Alma_Vaarman, lk 17
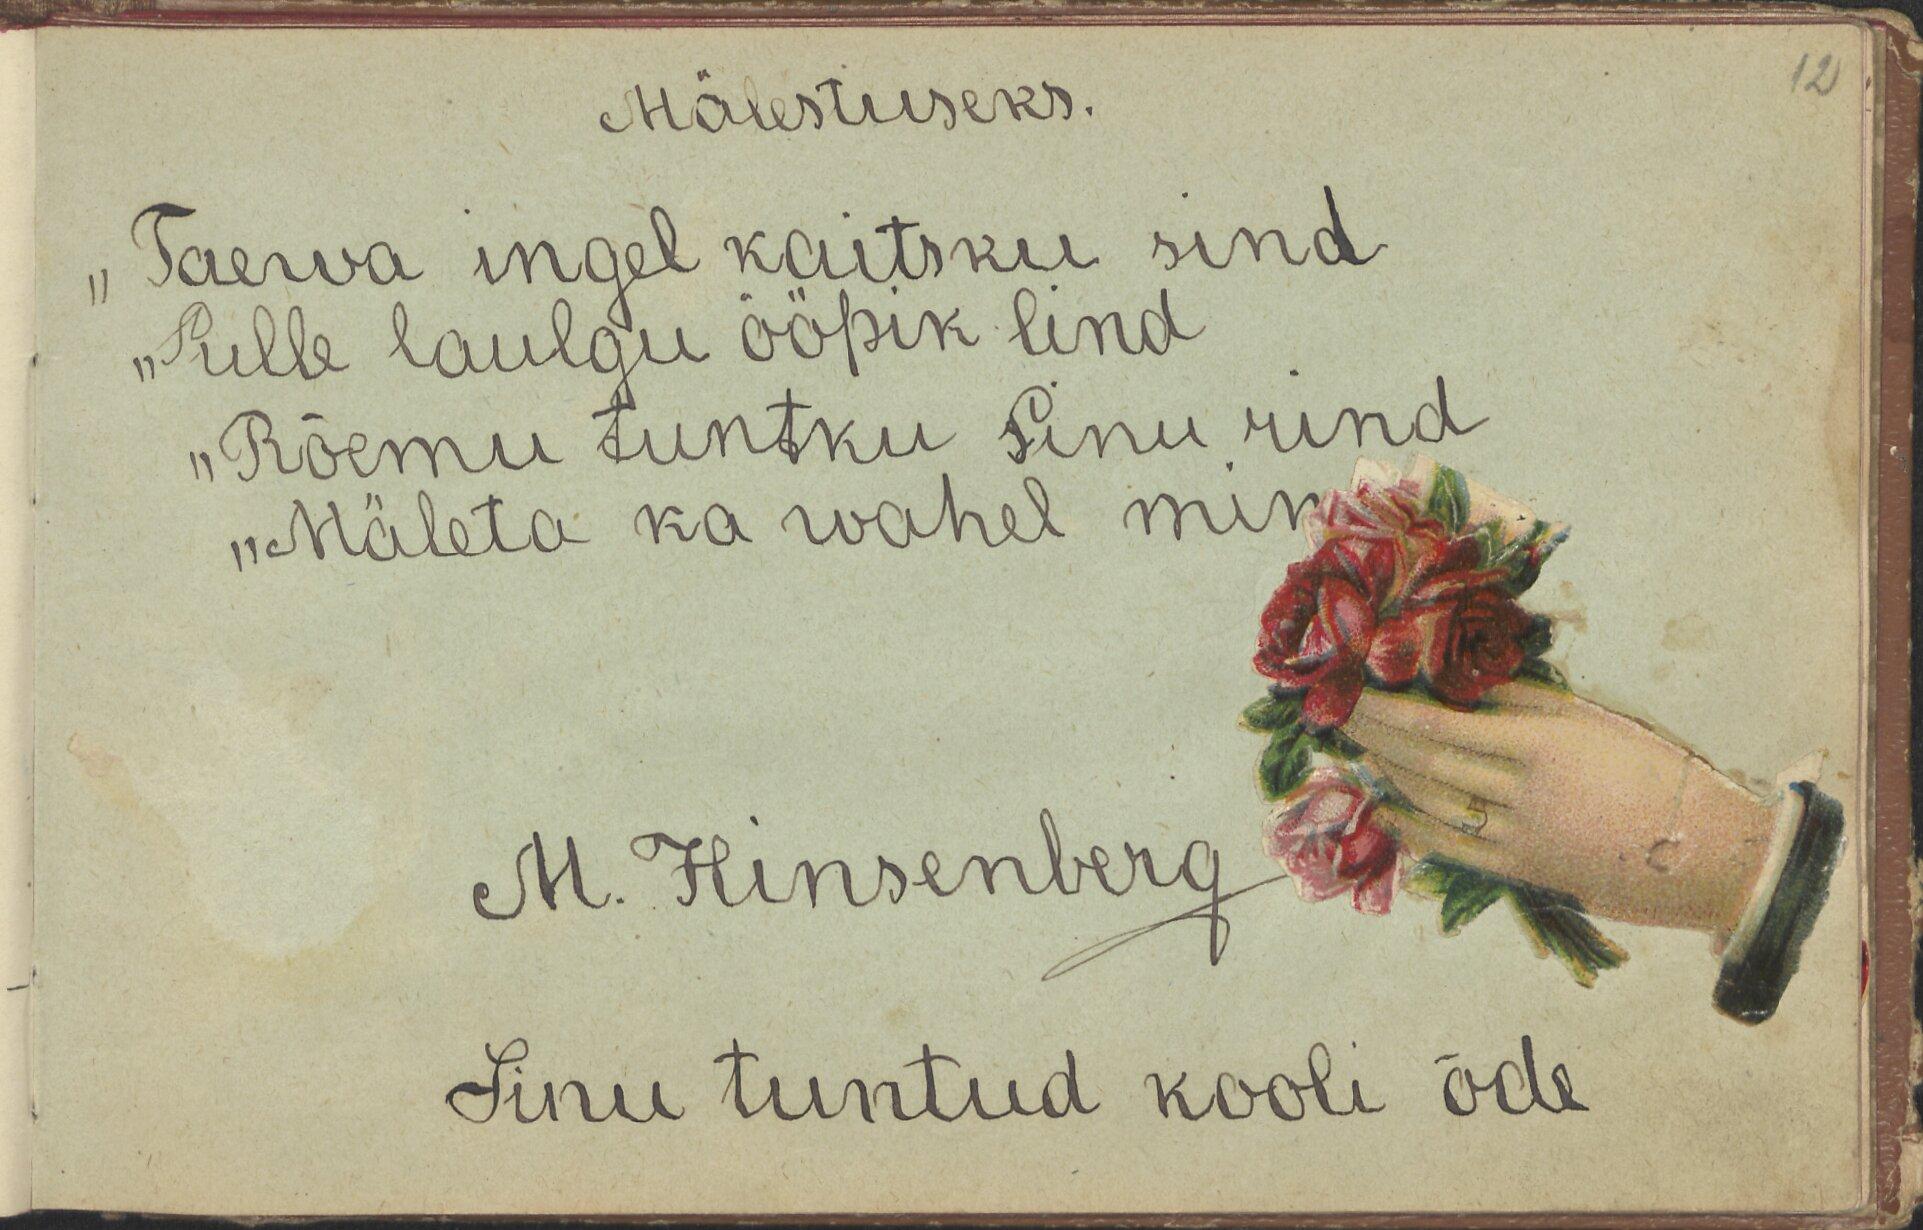
12

Mälestuseks.
"Taewa ingel kaitsku sind
"Sulle laulgu ööpik lind
"Rõemu tuntku Sinu rind
"Mäleta ka wahel min
M. Hinsenberg
Sinu tuntud kooli õde